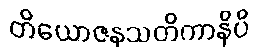
တိယောဇနသတိကာနိပိ